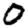
Digit: 0